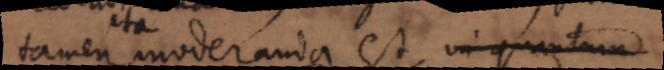
tamen moderanda est, in quantum